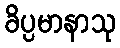
ခိပ္ပမာနာသု